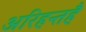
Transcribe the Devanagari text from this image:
अरिहन्तहै